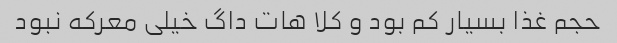
حجم غذا بسیار کم بود و کلا هات داگ خیلی معرکه نبود